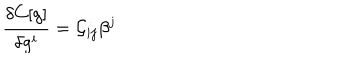
\frac { \delta C [ g ] } { \delta g ^ { i } } = { \cal G } _ { i j } \beta ^ { j }